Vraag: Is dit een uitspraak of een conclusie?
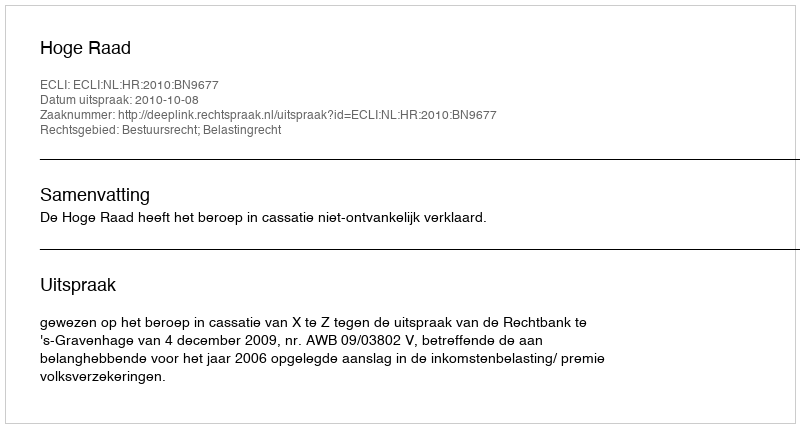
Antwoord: Uitspraak